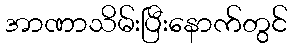
အာဏာသိမ်းပြီးနောက်တွင်